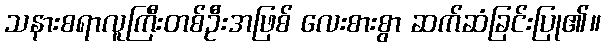
သနားစရာလူကြီးတစ်ဦးအဖြစ် လေးစားစွာ ဆက်ဆံခြင်းပြု၏။